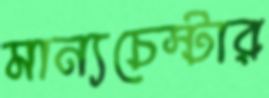
মান্যচেস্টার